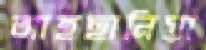
আহছানিয়া